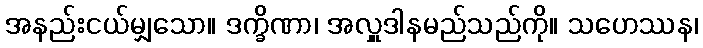
အနည်းငယ်မျှသော။ ဒက္ခိဏာ၊ အလှူဒါနမည်သည်ကို။ သဟေဿန၊